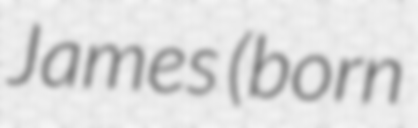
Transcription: James (born